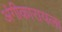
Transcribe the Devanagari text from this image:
अंगीकारायला